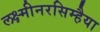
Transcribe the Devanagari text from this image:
लक्ष्मीनरसिम्हैया